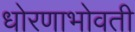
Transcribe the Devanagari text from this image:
धोरणाभोवती